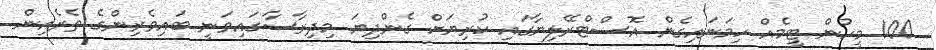
100 މީހުން ޓީމެއް ހިމަނައިގެން އޮސްޓްރޭލިޔާގައި ކުރިޔަށް ގެންދިޔަ މިދިރާސާގައިވަނީ ބައިވެރިންގެ ތެރެއިން